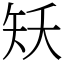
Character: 矨